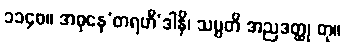
၁၁၄၀။ အဓုနေ’တရဟီ’ဒါနိ၊ သမ္ပတိ အညဒတ္ထု တု။